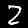
Label: 2